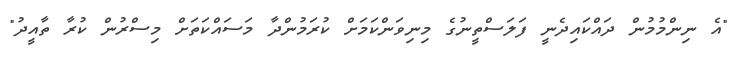
"އެ ނިންމުމުން ދައްކައިދެނީ ފަލަސްތީނުގެ މިނިވަންކަމަށް ކުރަމުންދާ މަސައްކަތަށް މިސްރުން ކުރާ ތާއީދު"